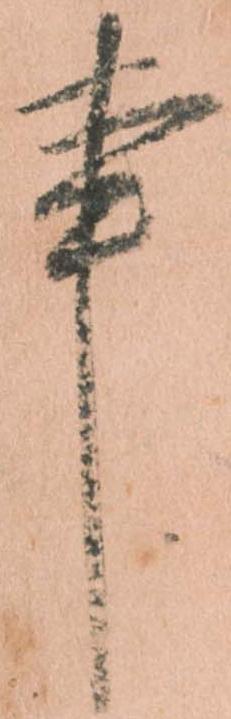
事